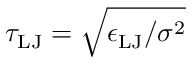
\tau _ { \mathrm { L J } } = \sqrt { \epsilon _ { \mathrm { L J } } / \sigma ^ { 2 } }